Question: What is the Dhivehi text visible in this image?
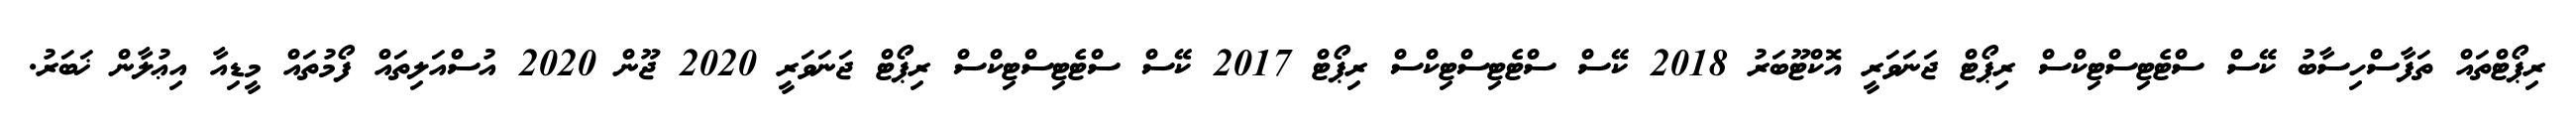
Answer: ރިޕޯޓްތައް ތަފާސްހިސާބު ކޭސް ސްޓެޓިސްޓިކްސް ރިޕޯޓް ޖަނަވަރީ އޮކްޓޫބަރު 2018 ކޭސް ސްޓެޓިސްޓިކްސް ރިޕޯޓް 2017 ކޭސް ސްޓެޓިސްޓިކްސް ރިޕޯޓް ޖަނަވަރީ 2020 ޖޫން 2020 އުސްއަލިތައް ފޯމުތައް މީޑިއާ އިޢުލާން ޚަބަރު.